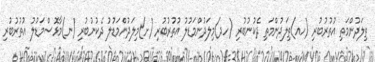
ތިލަދުންމަތި އުތުރުބުރި (ހއ)ތިލަދުންމަތި ދެކުނުބުރި (ހދ)މިލަދުންމަޑުލު އުތުރުބުރި (ށ)މިލަދުންމަޑުލު ދެކުނުބުރި (ނ)މާޅޮސްމަޑުލު އުތުރުބުރި